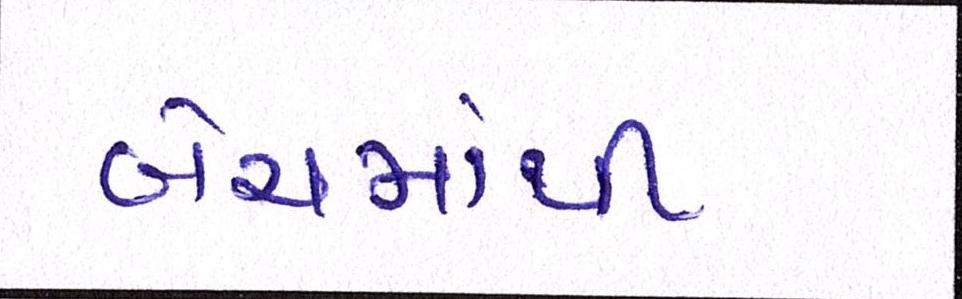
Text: બેચમાંથી